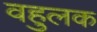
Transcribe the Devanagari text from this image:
वहुलक